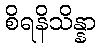
စိရနိသိန္နာ